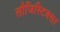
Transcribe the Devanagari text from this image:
लौजिस्टिक्स।